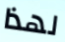
لهذا